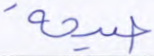
صيحة